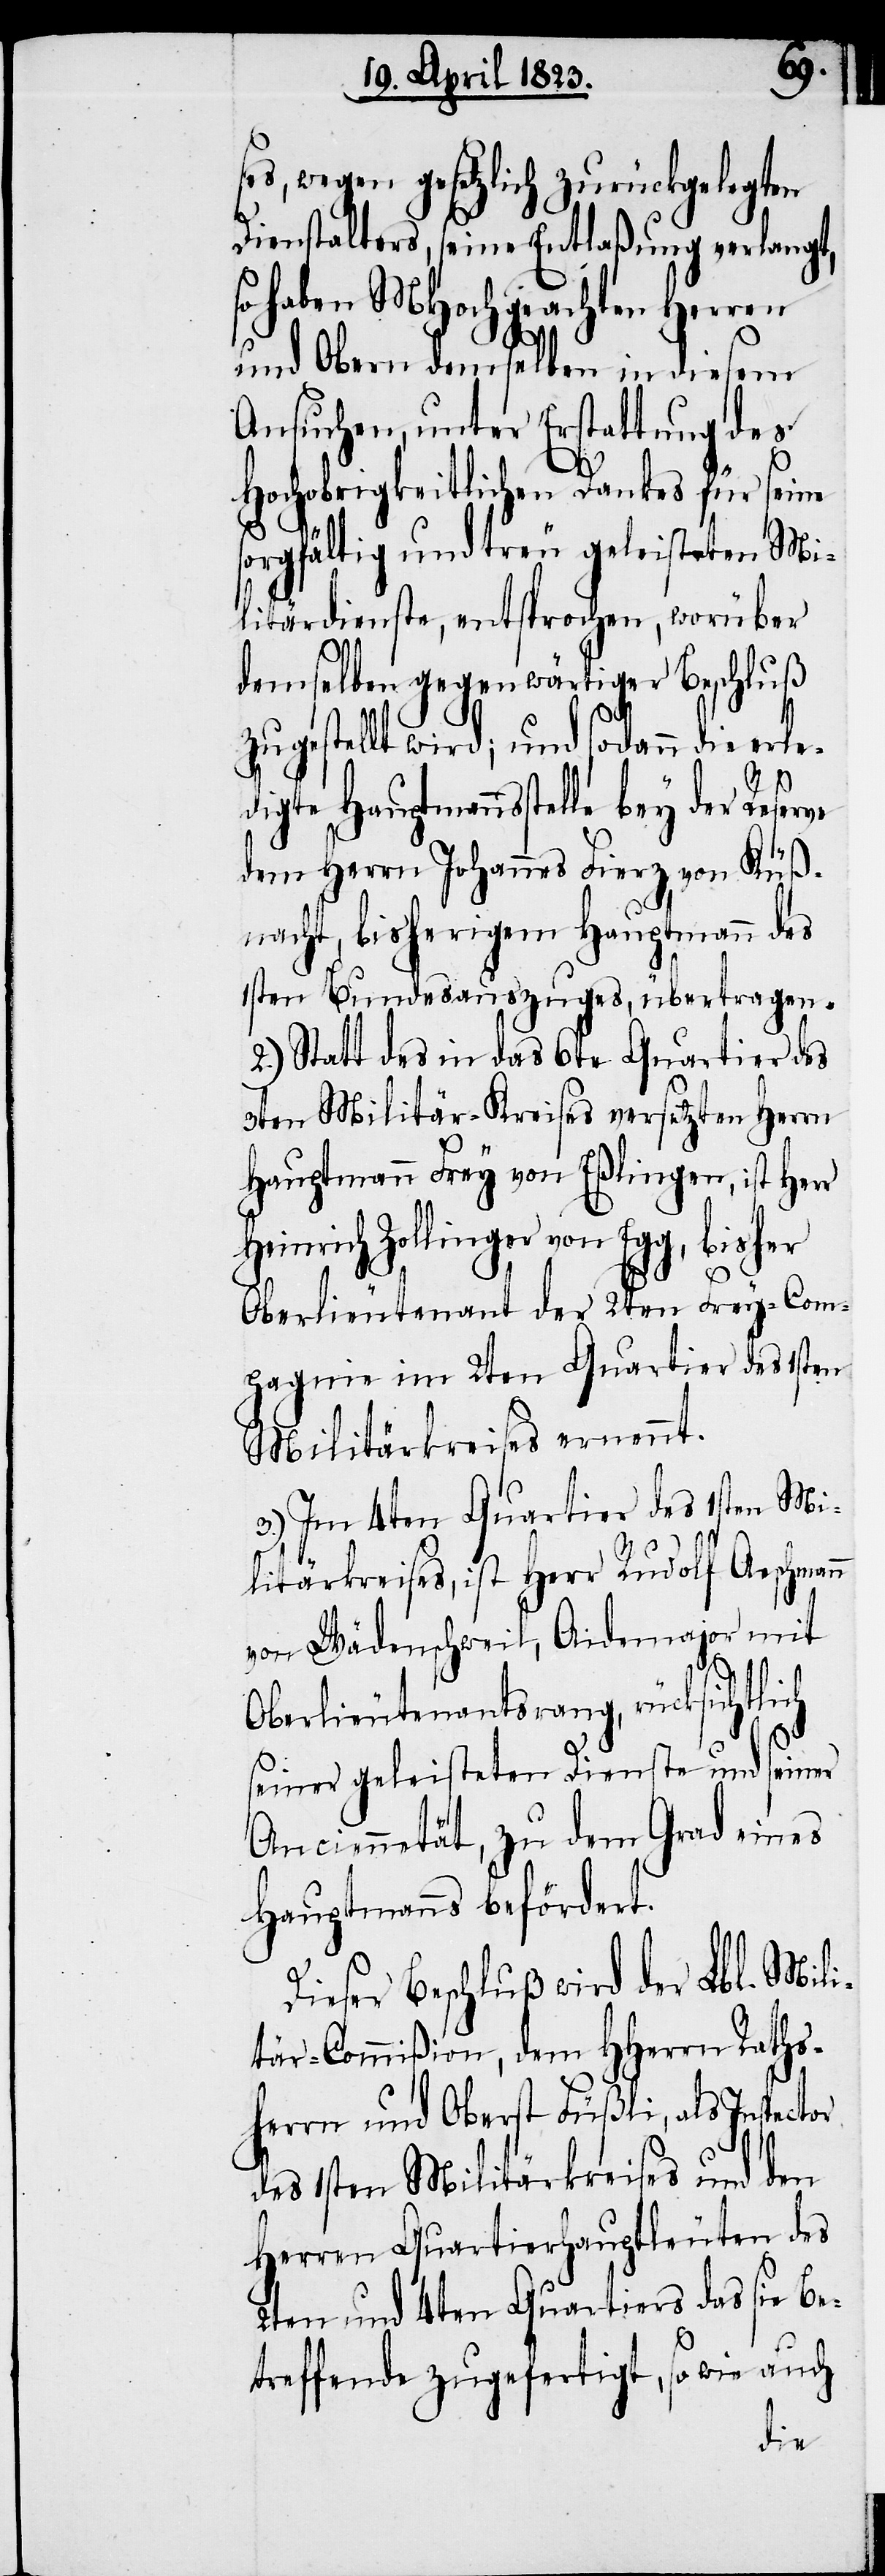
ses, wegen gesetzlich zurückgelegten
Dienstalters, seine Entlaßung verlangt,
so haben MHochgeachten Herren
und Obern demselben in diesem
Ansuchen, unter Erstattung des
Hochobrigkeitlichen Dankes für seine
sorgfältig und treu geleisteten Mil¬
itärdienste, entsprochen, worüber
demselben gegenwärtiger Beschluß
zugestellt wird; und sodann die er¬
ledigte Hauptmannsstelle bey der Reserve
dem Herrn Johannes Fierz von Küß¬
nacht, bisherigem Hauptmann des
1sten Bundesauszuges, übertragen.
2.) Statt des in das 6te Quartier des
3ten Militär-Kreises versetzten Herrn
Hauptmann Frey von Eßlingen, ist Herr
Heinrich Zollinger von Egg, bisher
Oberlieutenant der 2ten Frey-Com¬
pagnie im 2ten Quartier des 1sten
Militärkreises ernennt.
3.) Im 4ten Quartier des 1sten Mi¬
litärkreises, ist Herr Rudolf Aeschman¬
von Wädenschweil, Aidemajor mit
Oberlieutenantsrang, rücksichtlich
seiner geleisteten Dienste und seiner
Anciennetät, zu dem Grad eines
Hauptmanns befördert.
Dieser Beschluß wird der Lbl. Mili¬
tär-Commißion, dem HHerrn Raths¬
herrn und Oberst Füßli, als Inspector
n
des 1sten Militärkreises und den
Herren Quartierhauptleuten des
2ten und 4ten Quartiers das sie Be¬
treffende zugefertigt, so wie auch